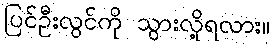
ပြင်ဦးလွင်ကို သွားလို့ရလား။